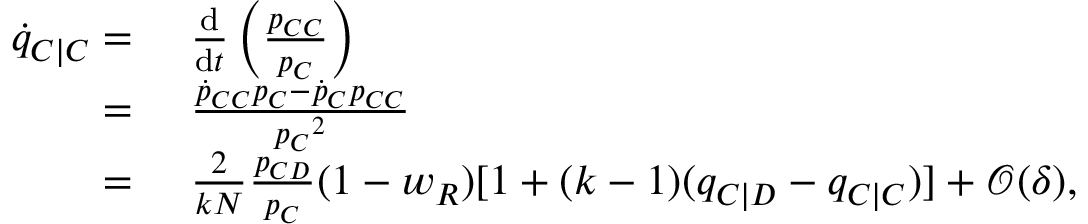
\begin{array} { r l } { \dot { q } _ { C | C } = } & { ~ \frac { \mathrm { d } } { \mathrm { d } t } \left( \frac { p _ { C C } } { p _ { C } } \right) } \\ { = } & { ~ \frac { \dot { p } _ { C C } p _ { C } - \dot { p } _ { C } p _ { C C } } { { p _ { C } } ^ { 2 } } } \\ { = } & { ~ \frac { 2 } { k N } \frac { p _ { C D } } { p _ { C } } ( 1 - w _ { R } ) [ 1 + ( k - 1 ) ( q _ { C | D } - q _ { C | C } ) ] + \mathcal { O } ( \delta ) , } \end{array}